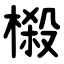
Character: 榝